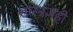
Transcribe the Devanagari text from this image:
शास्त्रज्ञही